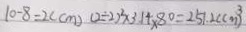
1 0 - 8 = 2 ( c m ) ( 2 \div 2 ) ^ { 2 } \times 3 . 1 4 \times 8 0 = 2 5 1 . 2 ( c m ^ { 3 } )